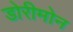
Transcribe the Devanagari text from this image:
डोरीमोन